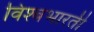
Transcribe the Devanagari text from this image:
विश्बभारती